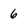
Character: 6